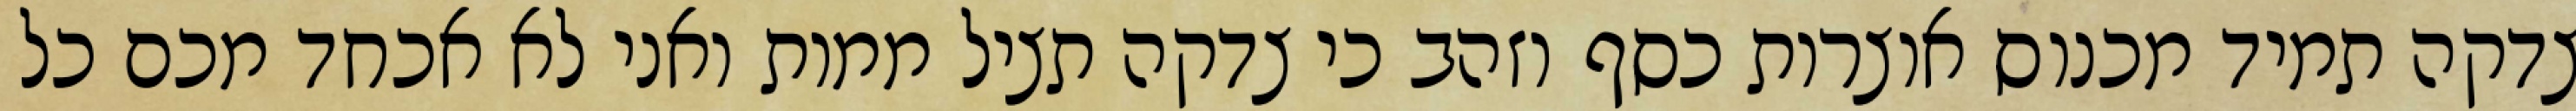
צדקה תמיד מכנוס אוצרות כסף וזהב כי צדקה תציל ממות ואני לא אכחד מכם כל